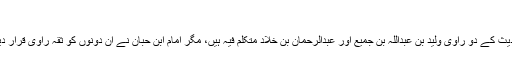
‘‘
اس حدیث کے دو راوی ولید بن عبداللہ بن جمیع اور عبدالرحمان بن خلاد متکلم فیہ ہیں، مگر امام ابن حبان نے ان دونوں کو ثقہ راوی قرار دیا ہے۔